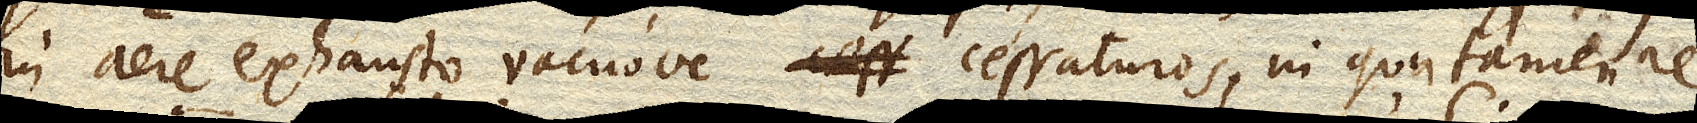
in aere exhausto vacuove cessaturos, in qua tamen re